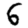
Digit: 6